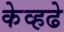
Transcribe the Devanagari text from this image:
केव्हढे